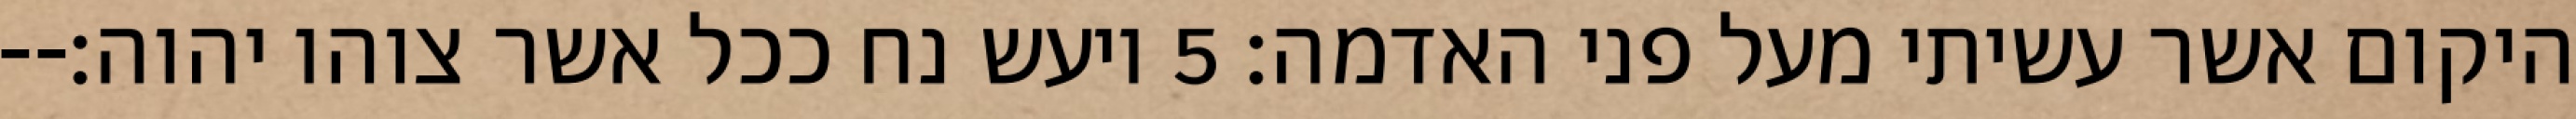
היקום אשר עשיתי מעל פני האדמה׃ ‎5‏ ויעש נח ככל אשר צוהו יהוה׃--